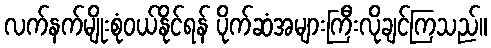
လက်နက်မျိုးစုံဝယ်နိုင်ရန် ပိုက်ဆံအများကြီးလိုချင်ကြသည်။